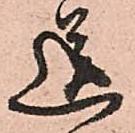
送